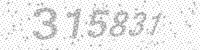
Solution: 315831